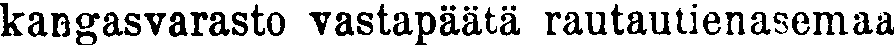
kangasvarasto vastapäätä rautautienasemaa